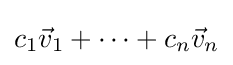
{\textstyle c_{1}{\vec {v}}_{1}+\cdots +c_{n}{\vec {v}}_{n}}